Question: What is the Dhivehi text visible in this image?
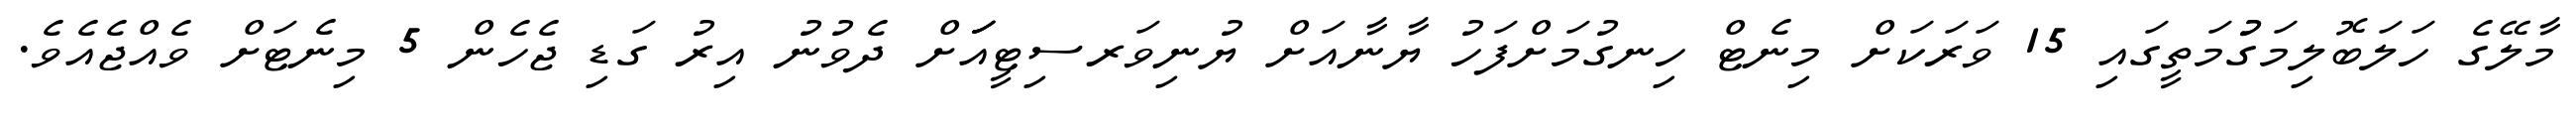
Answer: މާލޭގެ ހަލަބޮލިމަގުުމަތީގައި 15 ވަރަކަށް މިނެޓް ހިނގުމަށްފަހު ޔާނާއަށް ޔުނިވަރސިޓީއަަަށް ދެވުނު އިރު ގަޑި ޖެހެން 5 މިނެޓަށް ވެއްޖެއެވެ.